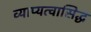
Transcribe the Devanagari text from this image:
व्याप्यत्वासिद्ध